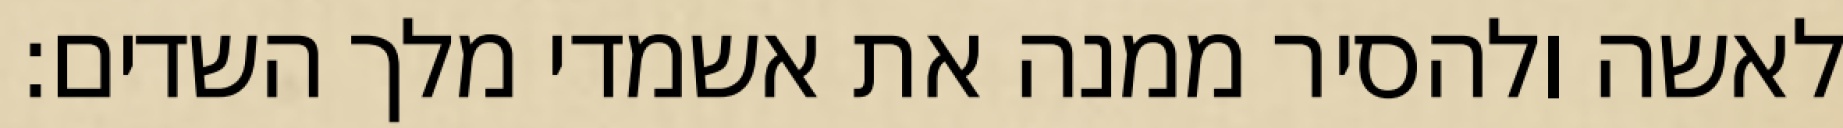
לאשה ולהסיר ממנה את אשמדי מלך השדים: